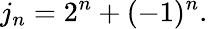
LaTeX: j_{n}=2^{n}+(-1)^{n}.